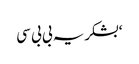
‘بشکریہ بی بی سی